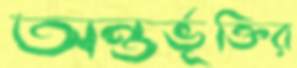
অন্তর্ভূক্তির